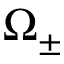
\Omega _ { \pm }